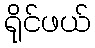
ရိုင်ဖယ်